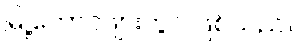
မြို့တောင်ဖျားတွင် ဖြစ်သည်။